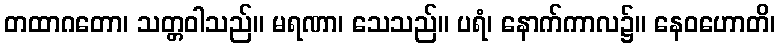
တထာဂတော၊ သတ္တဝါသည်။ မရဏာ၊ သေသည်။ ပရံ၊ နောက်ကာလ၌။ နေဝဟောတိ၊